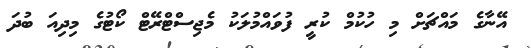
އޭނާގެ މައްޗަށް މި ހުކުމް ކުރީ ފުވައްމުލަކު މެޖިސްޓްރޭޓް ކޯޓުގެ މިދިއަ ބުދަ